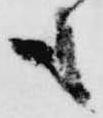
も